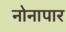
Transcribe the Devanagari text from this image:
नोनापार